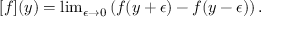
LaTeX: [ f ] ( y ) = \mathrm { l i m } _ { \epsilon \rightarrow 0 } \left( f ( y + \epsilon ) - f ( y - \epsilon ) \right) .